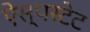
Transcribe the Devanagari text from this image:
ऐस्परटेट